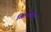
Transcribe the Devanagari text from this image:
खिलाड़िया